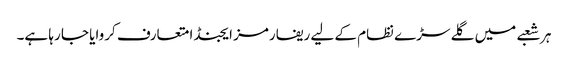
ہر شعبے میں گلے سڑے نظام کے لیے ریفارمز ایجنڈا متعارف کروایا جا رہا ہے۔